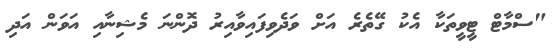
"ސްމާޓް ޓީވީތަކާ އެކު ގޭތެރެ އަށް ވަދެވިފައިވާއިރު ދޮންނަ މެޝިނާއި އަވަން އަދި